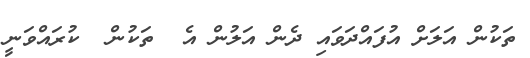
ތަކުން އަލަށް އުފައްދަވައި ދެން އަލުން އެ  ތަކުން  ކުރައްވަނީ